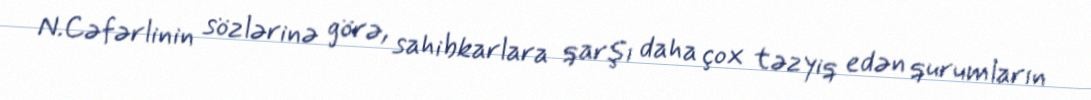
N.Cəfərlinin sözlərinə görə, sahibkarlara qarşı daha çox təzyiq edən qurumların